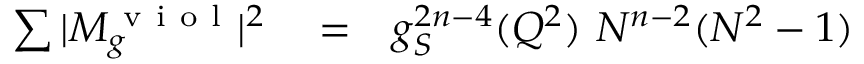
\begin{array} { r l r } { \sum \vert M _ { g } ^ { \mathrm { ~ v ~ i ~ o ~ l ~ } } \vert ^ { 2 } } & { { } = } & { g _ { S } ^ { 2 n - 4 } ( Q ^ { 2 } ) ~ N ^ { n - 2 } ( N ^ { 2 } - 1 ) } \end{array}